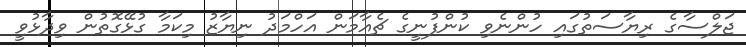
ޖަލްސާގެ ރިޔާސަތުގައި ހުންނެވި ކުންފުނީގެ ޗެއާމަން އަހްމަދު ނިޔާޒު މިކަމާ ގުޅޭގޮތުން ވިދާޅުވީ